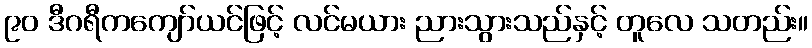
၉၀ ဒီဂရီကကျော်ယင်ဖြင့် လင်မယား ညားသွားသည်နှင့် တူလေ သတည်း။